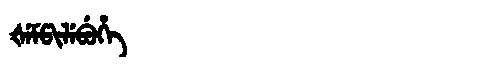
Manchu: ᡧᡝᠮᡦᡳᠯᡝᠪᡠᡥᡝ
Romanization: ŠEMPILEBUHE